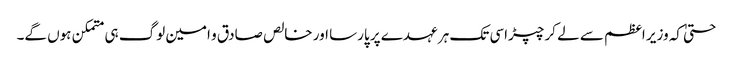
حتیٰ کہ وزیر اعظم سے لے کر چپڑاسی تک ہر عہدے پر پارسا اور خالص صادق و امین لوگ ہی متمکن ہوں گے۔